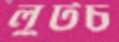
লুটচ